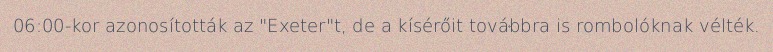
06:00-kor azonosították az "Exeter"t, de a kísérőit továbbra is rombolóknak vélték.